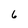
Character: 6